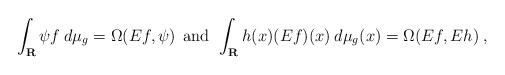
LaTeX: \begin{align*}\int_{\bf R} \psi f \:d\mu_g = \Omega(Ef,\psi) \:\:\mbox{and}\:\:\int_{\bf R} h(x)(Ef)(x) \: d\mu_g(x) = \Omega(Ef,Eh)\:,\end{align*}